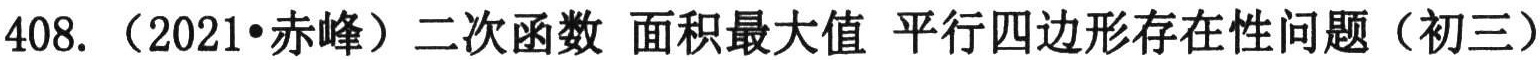
408. （2021•赤峰）二次函数 面积最大值 平行四边形存在性问题（初三）